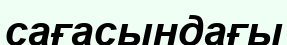
сағасындағы